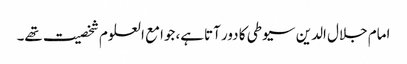
امام جلال الدین سیوطی کا دور آتاہے، جوامع العلوم شخصیت تھے۔